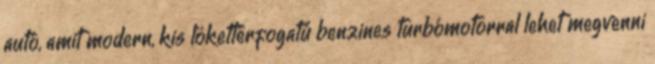
autó, amit modern, kis lökettérfogatú benzines turbómotorral lehet megvenni